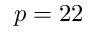
p = 2 2